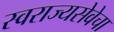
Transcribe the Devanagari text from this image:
स्वराज्यसेवेचा